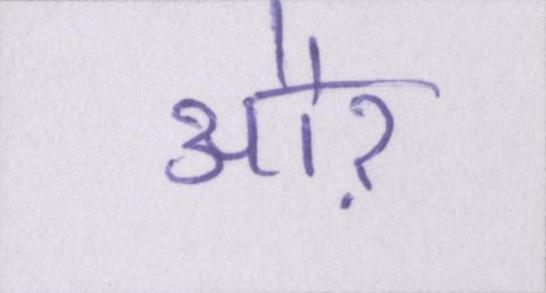
औऱ